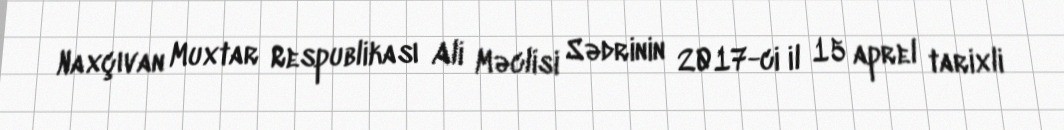
Naxçıvan Muxtar Respublikası Ali Məclisi Sədrinin 2017-ci il 15 aprel tarixli